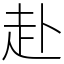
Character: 赴